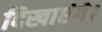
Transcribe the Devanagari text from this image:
दिखाएंगे।